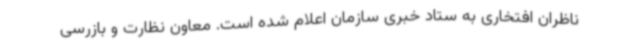
ناظران افتخاری به ستاد خبری سازمان اعلام شده است. معاون نظارت و بازرسی